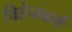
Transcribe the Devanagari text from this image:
विहेनबर्ग